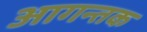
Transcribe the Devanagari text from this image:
आगन्तक